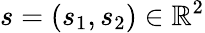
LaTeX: s=(s_{1},s_{2})\in\mathbb{R}^{2}